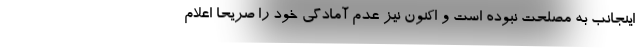
اینجانب به مصلحت نبوده است و اکنون نیز عدم آمادگی خود را صریحاً اعلام